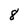
Character: 8